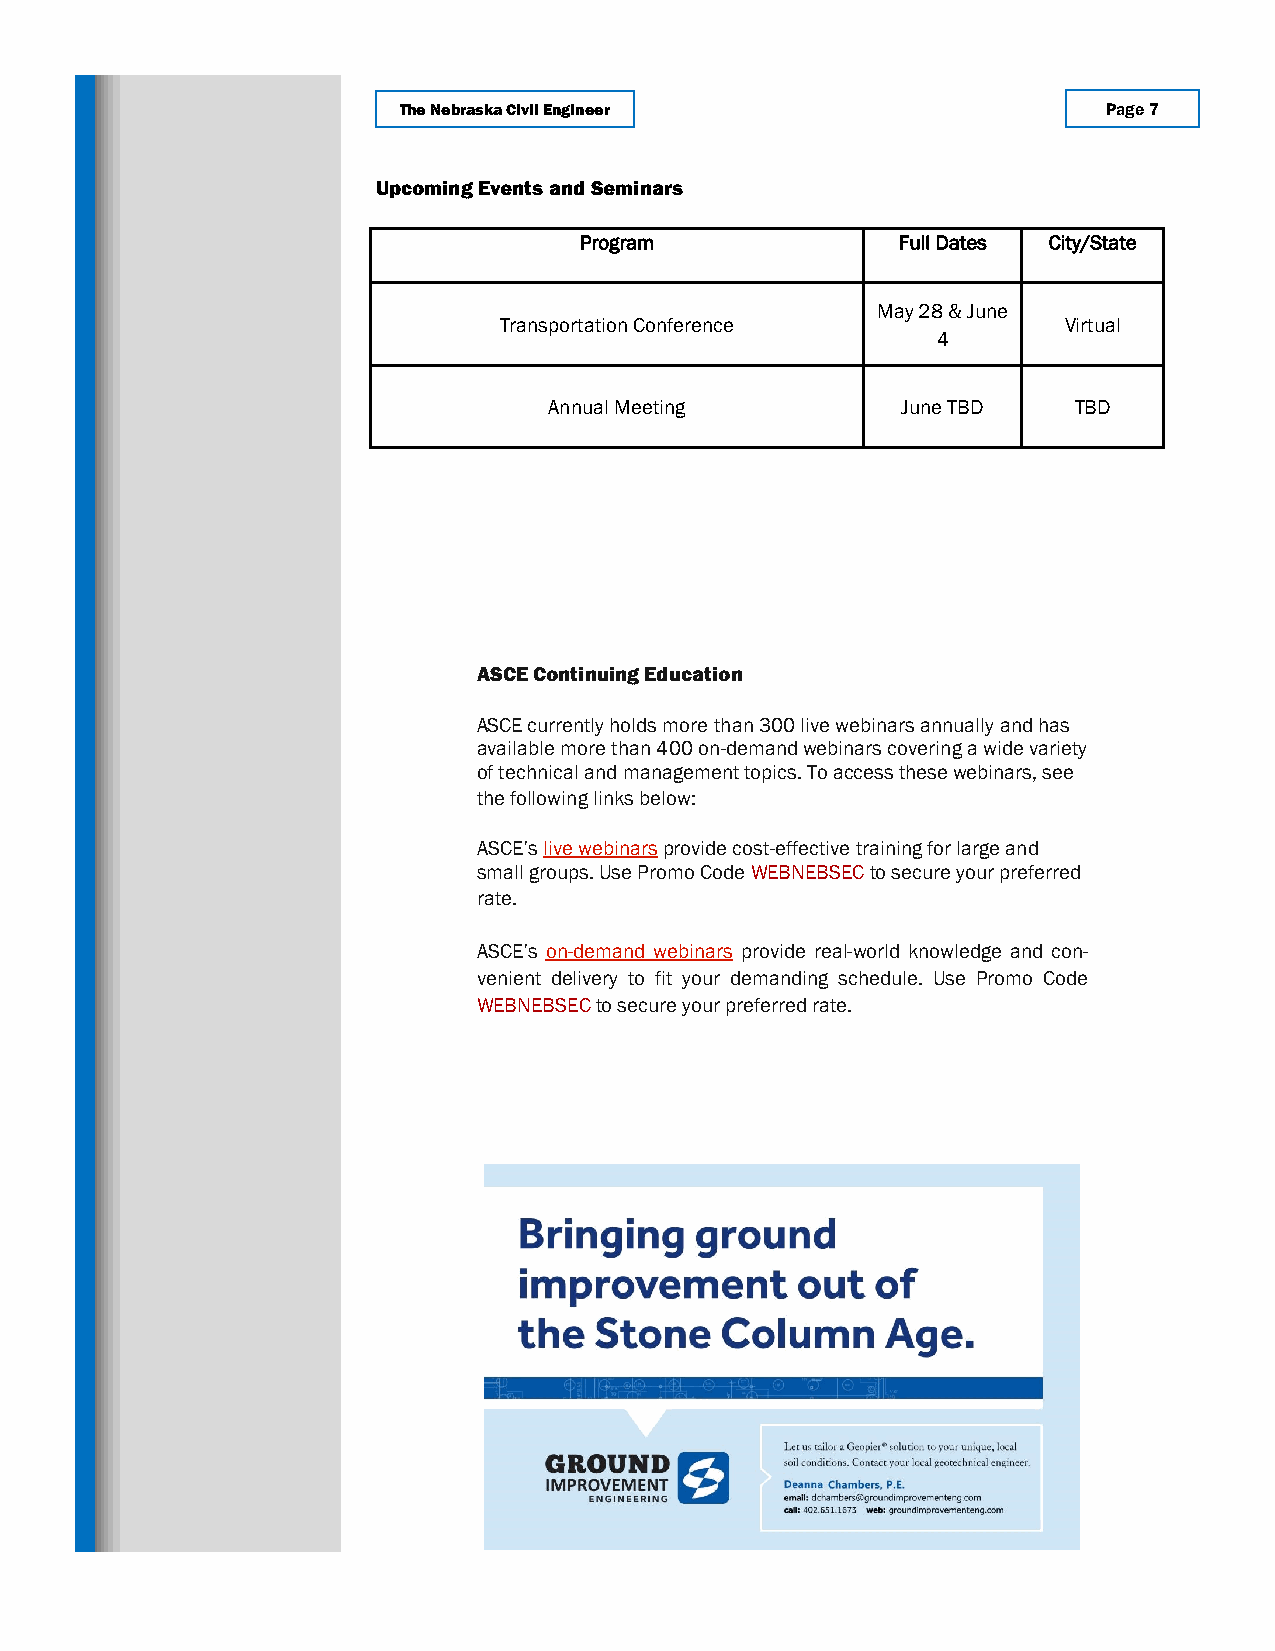
The Nebraska Civil Engineer                    Page 7
 Upcoming Events and Seminars
 Program              Full Dates City/State
 May 28 & June
 Transportation Conference            Virtual
 4
 Annual Meeting          June TBD   TBD
 ASCE Continuing Education
 ASCE currently holds more than 300 live webinars annually and has
 available more than 400 on-demand webinars covering a wide variety
 of technical and management topics. To access these webinars, see
 the following links below:
 ASCE’s live webinars provide cost-effective training for large and
 small groups. Use Promo Code WEBNEBSEC to secure your preferred
 rate.
 ASCE’s on-demand webinars provide real-world knowledge and con-
 venient delivery to fit your demanding schedule. Use Promo Code
 WEBNEBSEC to secure your preferred rate.